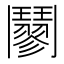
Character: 䰘